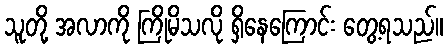
သူတို့ အလာကို ကြိုမိသလို ရှိနေကြောင်း တွေ့ရသည်။